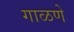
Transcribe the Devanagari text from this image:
गाळणे